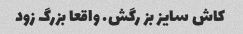
کاش سایز بز رگش. واقعا بزرگ زود